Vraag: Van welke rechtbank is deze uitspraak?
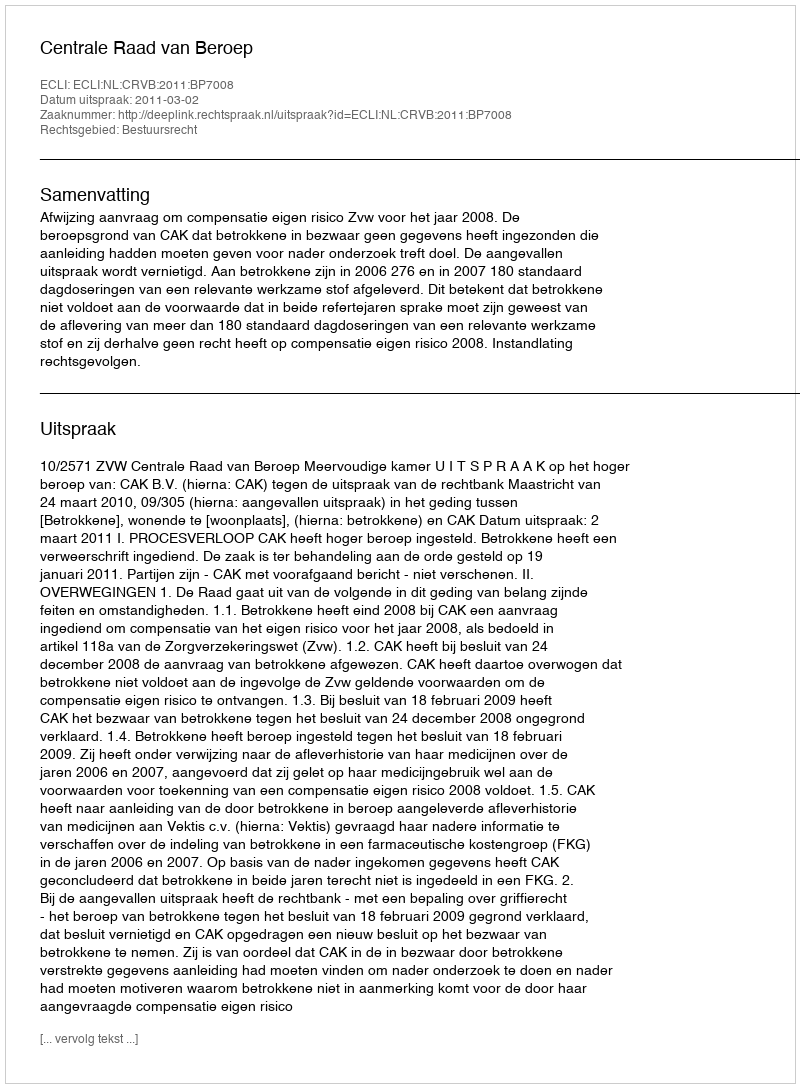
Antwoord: Centrale Raad van Beroep